On kala azar, malaria and malarial cachexia - Number 19
Disease focus: Malaria
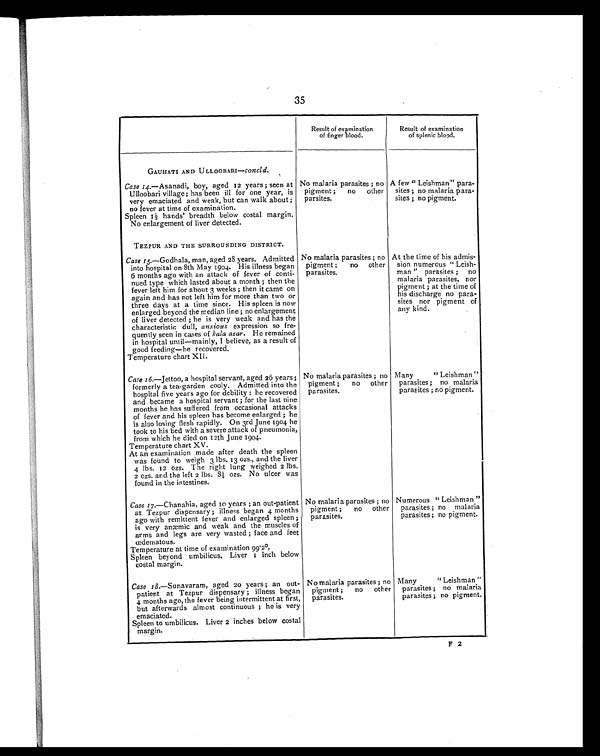
35
Result of examination
of finger blood.
Result of examination
of splenic blood.
GAUHATI AND ULLOOBARI—Concld.
Case 14.—Asanadi, boy, aged 12 years ; seen at
Ulloobari village; has been ill for one year, is
very emaciated and weak, but can walk about ;
no fever at time of examination.
Spleen 11/2 hands' breadth below costal m a r g i n .
No enlargement of liver detected.
No malaria parasites ; no
pigment ;
no
other
parsites.
A few " Leishman" para-
sites ; no malaria para-
sites ; no pigment.
TEZPUR AND THE SURROUNDING DISTRICT.
Case 15 .—Godhala, man, aged 28 years. Admitted
into hospital on 8th May 1904. His illness began
6 months ago with an attack of fever of conti-
nued type which lasted about a month ; then the
fever left him for about 3 weeks ; then it came on
again and has not left him for more than two or
three days at a time since. His spleen is now
enlarged beyond the median line ; no enlargement
of liver detected ; he is very weak and has the
characteristic dull, anxious expression so fre-
quently seen in cases of kala azar. He remained
in hospital until—mainly, I believe, as a result of
good feeding—he recovered.
Temperature chart XII.
No malaria parasites ; no
pigment ;
no other
parasites.
At the time of his admis-
sion numerous " Leish-
man " parasites ; no
malaria parasites, nor
pigment ; at the time of
his discharge no para-
sites nor pigment of
any kind.
Case 16.—Jettoo, a hospital servant, aged 26 years ;
formerly a tea-garden cooly. Admitted into the
hospital five years ago for debility : he recovered
and became a hospital servant ; for the last nine
months he has suffered from occasional attacks
of fever and his spleen has become enlarged ; he
is also losing flesh rapidly. On 3rd June 1904 he
took to his bed with a severe attack of pneumonia,
from which he died on 12th June 1904.
Temperature chart XV.
At an examination made after death the spleen
was found to weigh 3 lbs. 13 ozs., and the liver
4 lbs. 12 ozs. T he right lung weighed 2 lbs.
2 ozs. and the left 2 lbs.
8 1 / 2
o z s .
N o
u l c e r
w a s
found in the intestines.
No malaria parasites ; no
pigment ;
no other
arasites.
parasites.
Many
" Leishman "
parasites ; no malaria
parasites ; no pigment.
Case 17.—Chanahia, aged 10 years ; an out-patient
at Tezpur dispensary ; illness began 4 months
ago with remittent fever and enlarged spleen ;
is very anæmic and weak and the muscles of
arms and legs are very wasted ; face and feet
oedematous.
Temperature at time of examination 99.2°.
Spleen beyond umbilicus. Liver
1 i n c h b e l o w
costal margin.
No malaria parasites ; no
pigment ;
no other
parasites.
Numerous " Leishman "
parasites ; no malaria
parasites ; no pigment.
Case 18.—Sunavaram, aged 20 years ; an out-
patient at Tezpur dispensary ; illness began
4 months ago, the fever being intermittent at first,
but afterwards almost continuous ; he is very
emaciated.
Spleen to umbilicus. Liver 2 inches below costal
margin.
No malaria parasites ; no
pigment ;
no
other
parasites.
Many
" Leishman "
parasites ; no malaria
parasites ; no pigment
F 2